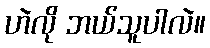
ဟဲလို ဘယ်သူပါလဲ။